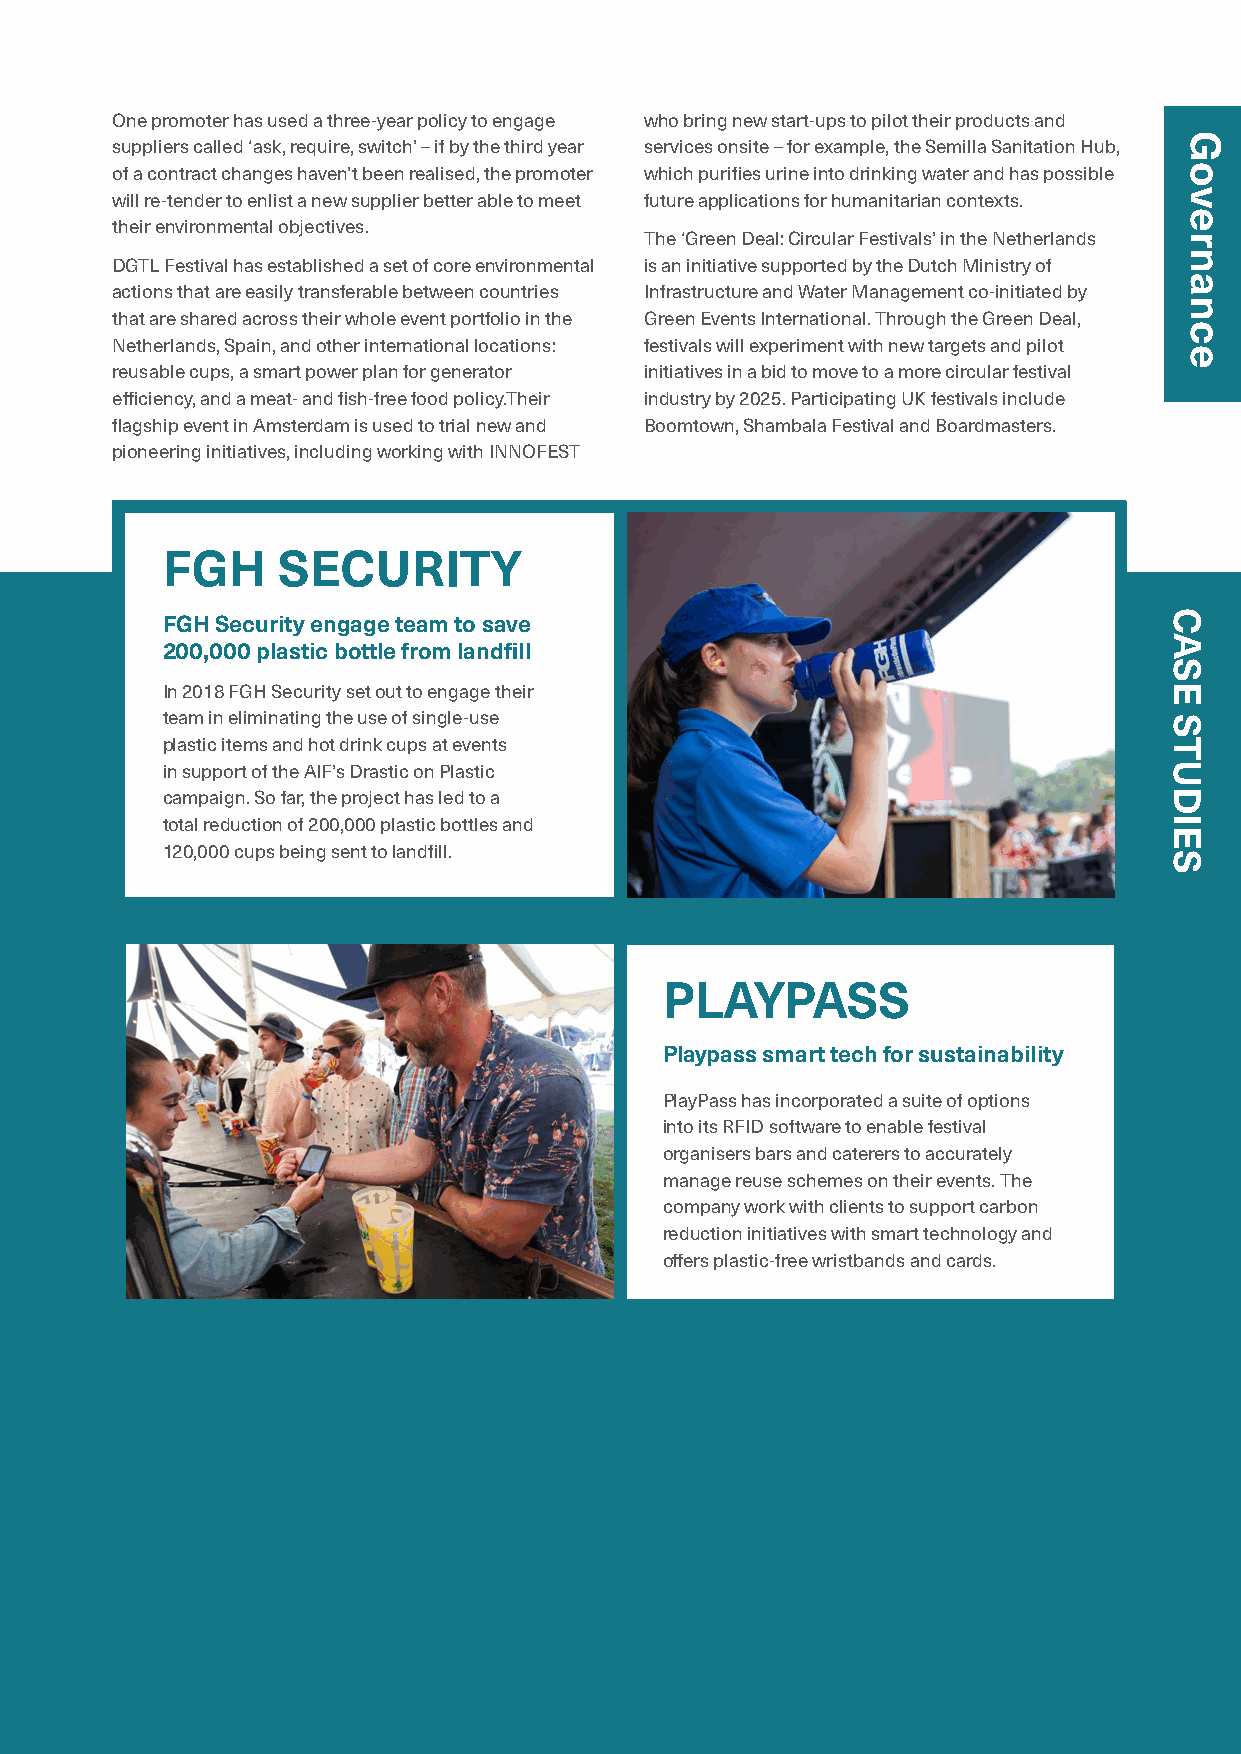
One promoter has used a three-year policy to engage who bring new start-ups to pilot their products and
 suppliers called ‘ask, require, switch’ – if by the third year services onsite – for example, the Semilla Sanitation Hub,
 of a contract changes haven’t been realised, the promoter which purifies urine into drinking water and has possible
 will re-tender to enlist a new supplier better able to meet future applications for humanitarian contexts.
 their environmental objectives.
 The ‘Green Deal: Circular Festivals’ in the Netherlands
 DGTL Festival has established a set of core environmental is an initiative supported by the Dutch Ministry of
 actions that are easily transferable between countries Infrastructure and Water Management co-initiated by
 that are shared across their whole event portfolio in the Green Events International. Through the Green Deal,
 Netherlands, Spain, and other international locations: festivals will experiment with new targets and pilot
 reusable cups, a smart power plan for generator initiatives in a bid to move to a more circular festival
 efficiency, and a meat- and fish-free food policy.Their industry by 2025. Participating UK festivals include
 flagship event in Amsterdam is used to trial new and Boomtown, Shambala Festival and Boardmasters.
 pioneering initiatives, including working with INNOFEST
 FGH    SECURITY
 FGH Security engage team to save
 200,000 plastic bottle from landfill
 In 2018 FGH Security set out to engage their
 team in eliminating the use of single-use
 plastic items and hot drink cups at events
 in support of the AIF’s Drastic on Plastic
 campaign. So far, the project has led to a
 total reduction of 200,000 plastic bottles and
 120,000 cups being sent to landfill.
 PLAYPASS
 Playpass smart tech for sustainability
 PlayPass has incorporated a suite of options
 into its RFID software to enable festival
 organisers bars and caterers to accurately
 manage reuse schemes on their events. The
 company work with clients to support carbon
 reduction initiatives with smart technology and
 offers plastic-free wristbands and cards.
 105
 Governance
 CASE
 STUDIES
 Governance